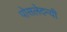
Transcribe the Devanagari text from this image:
पोसलेदन्यी